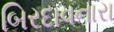
બિરદાવનારા